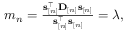
\begin{array} { r } { m _ { n } = \frac { { \mathbf s } _ { [ n ] } ^ { \top } { \bf D } _ { [ n ] } { \mathbf s } _ { [ n ] } } { \mathbf s _ { [ n ] } ^ { \top } \mathbf s _ { [ n ] } } = \lambda , } \end{array}